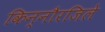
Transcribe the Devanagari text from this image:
किन्नौरजिले